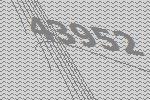
43952